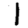
Digit: 1